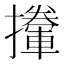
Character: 𢸏